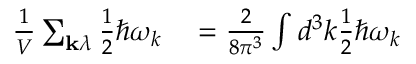
\begin{array} { r l } { { \frac { 1 } { V } } \sum _ { \mathbf { k } \lambda } { \frac { 1 } { 2 } } \hbar \omega _ { k } } & { { } = { \frac { 2 } { 8 \pi ^ { 3 } } } \int d ^ { 3 } k { \frac { 1 } { 2 } } \hbar \omega _ { k } } \end{array}